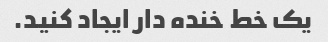
یک خط خنده دار ایجاد کنید.